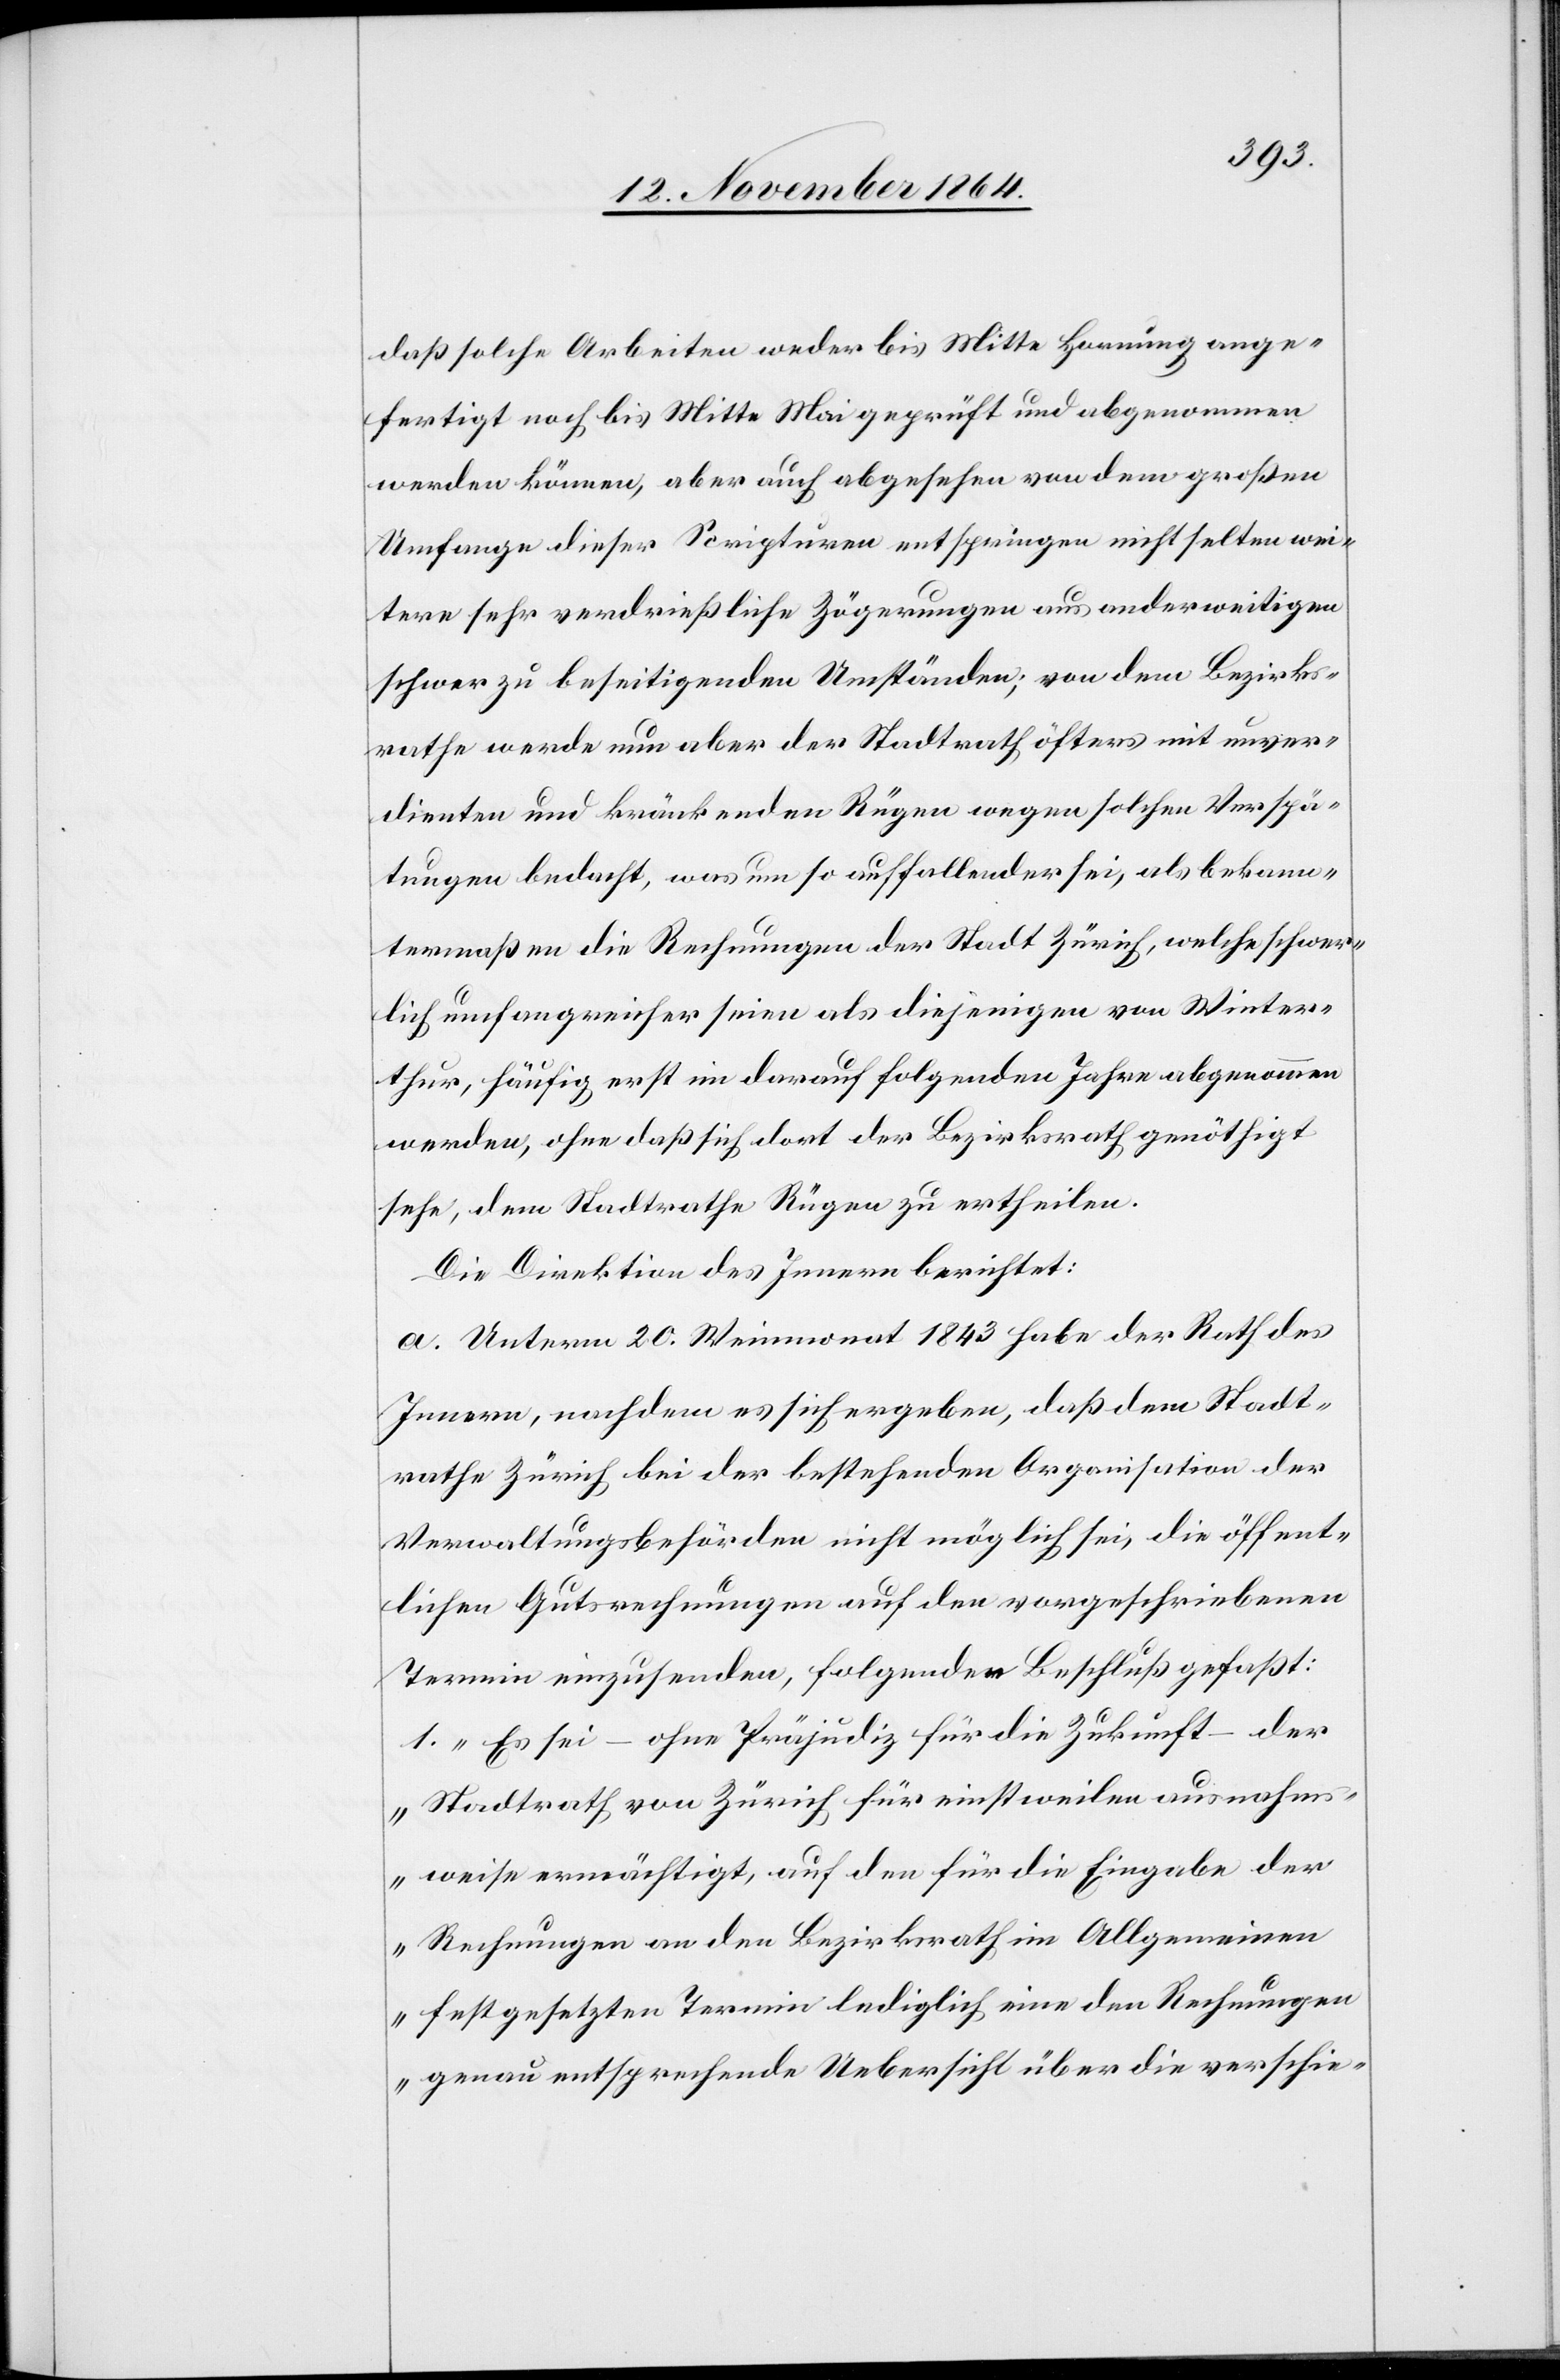
daß solche Arbeiten weder bis Mitte Hornung ange¬
fertigt noch bis Mitte Mai geprüft und abgenommen
werden können, aber auch abgesehen von dem großen
Umfange dieser Scripturen entspringen nicht selten wei¬
tere sehr verdrießliche Zögerungen aus anderweitigen
schwer zu beseitigenden Umständen; von dem Bezirks¬
rathe werde nun aber der Stadtrath öfters mit unver¬
dienten und kränkenden Rügen wegen solcher Verspä¬
tungen bedacht, was um so auffallender sei, als bekann¬
termaßen die Rechnungen der Stadt Zürich, welche schwer¬
lich umfangreicher seien als diejenigen von Winter¬
thur, häufig nicht im darauf folgenden Jahre abgenommen
werden, ohne daß sich dort der Bezirksrath genöthigt
sehe, dem Stadtrathe Rügen zu ertheilen.
Die Direktion des Innern berichtet:
a. Unterm 20. Weinmonat 1843 habe der Rath des
Innern, nachdem es sich ergeben, daß [es] dem Stadt¬
rathe Zürich bei der bestehenden Organisation der
Verwaltungsbehörden nicht möglich sei, die öffent¬
lichen Gutsrechnungen auf den vorgeschriebenen
Termin einzusenden, folgenden Beschluß gefaßt:
1. „Es sei – ohne Präjudiz für die Zukunft – der
Stadtrath von Zürich für einstweilen ausnahm¬
sweise ermächtigt, auf den für die Eingabe der
Rechnungen an den Bezirksrath im Allgemeinen
festgesetzten Termin lediglich eine den Rechnungen
genau entsprechende Uebersicht über die verschie-